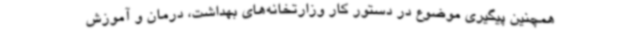
همچنین پیگیری موضوع در دستور کار وزارتخانه‌های بهداشت، درمان و آموزش